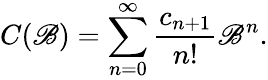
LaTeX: C(\mathscr{B})=\sum_{n=0}^{\infty}{\frac{{c_{n+1}}}{{n!}}}\mathscr{B}^{n}.